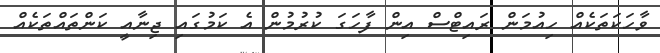
ވާހަކަތަކެއް ހިއުމަން ރައިޓްސް އިން ފާހަގަ ކުރުމުން އެ ކަމުގައި ޖިނާއީ ކަންތައްތަކެއް